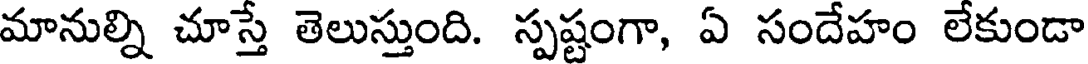
మానుల్ని చూస్తే తెలుస్తుంది. స్పష్టంగా, ఏ సందేహం లేకుండా